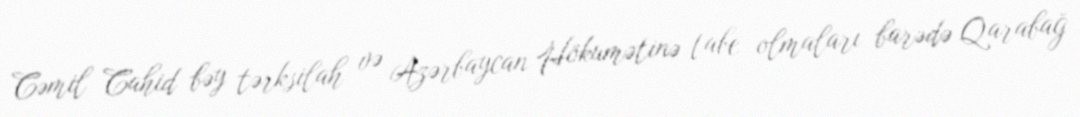
Cəmil Cahid bəy tərksilah və Azərbaycan Hökumətinə tabe olmaları barədə Qarabağ